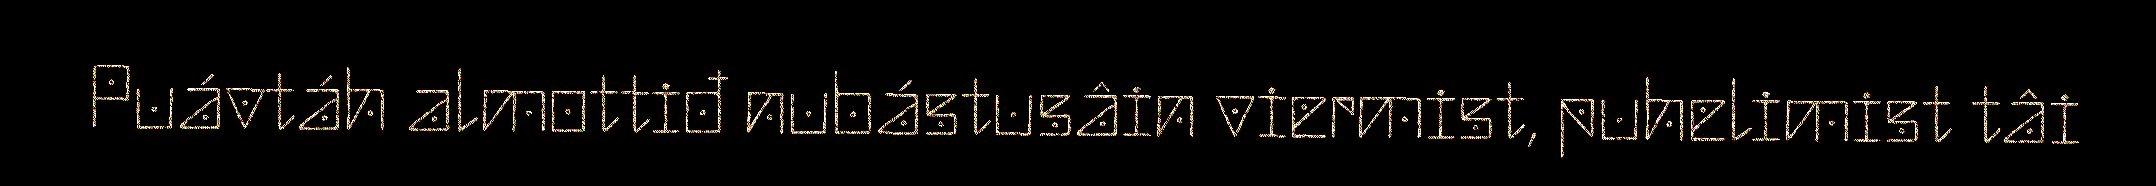
Puávtáh almottiđ nubástusâin viermist, puhelimist tâi